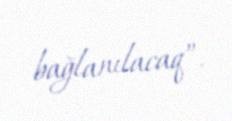
bağlanılacaq”.